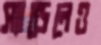
স্যান্ডেলেও